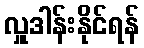
လှူဒါန်းနိုင်ရန်